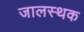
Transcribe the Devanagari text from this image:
जालस्थक